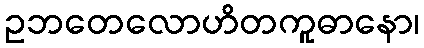
ဥဘတေလောဟိတကူဓာနော၊